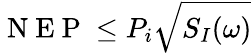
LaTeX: \mathrm{~N~E~P~}\le P_{i}\sqrt{S_{I}(\omega)}